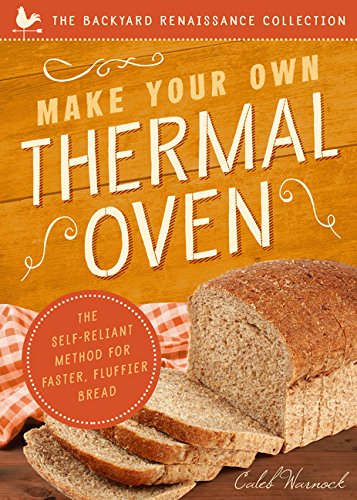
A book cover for Make Your Own Thermal Oven: The Self-Reliant Method for Faster, Fluffier Bread; Caleb Warnock; Reference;